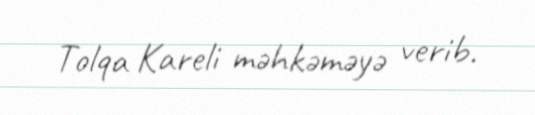
Tolqa Kareli məhkəməyə verib.